Jaan_Tonisson_(Lasteleht), lk 57
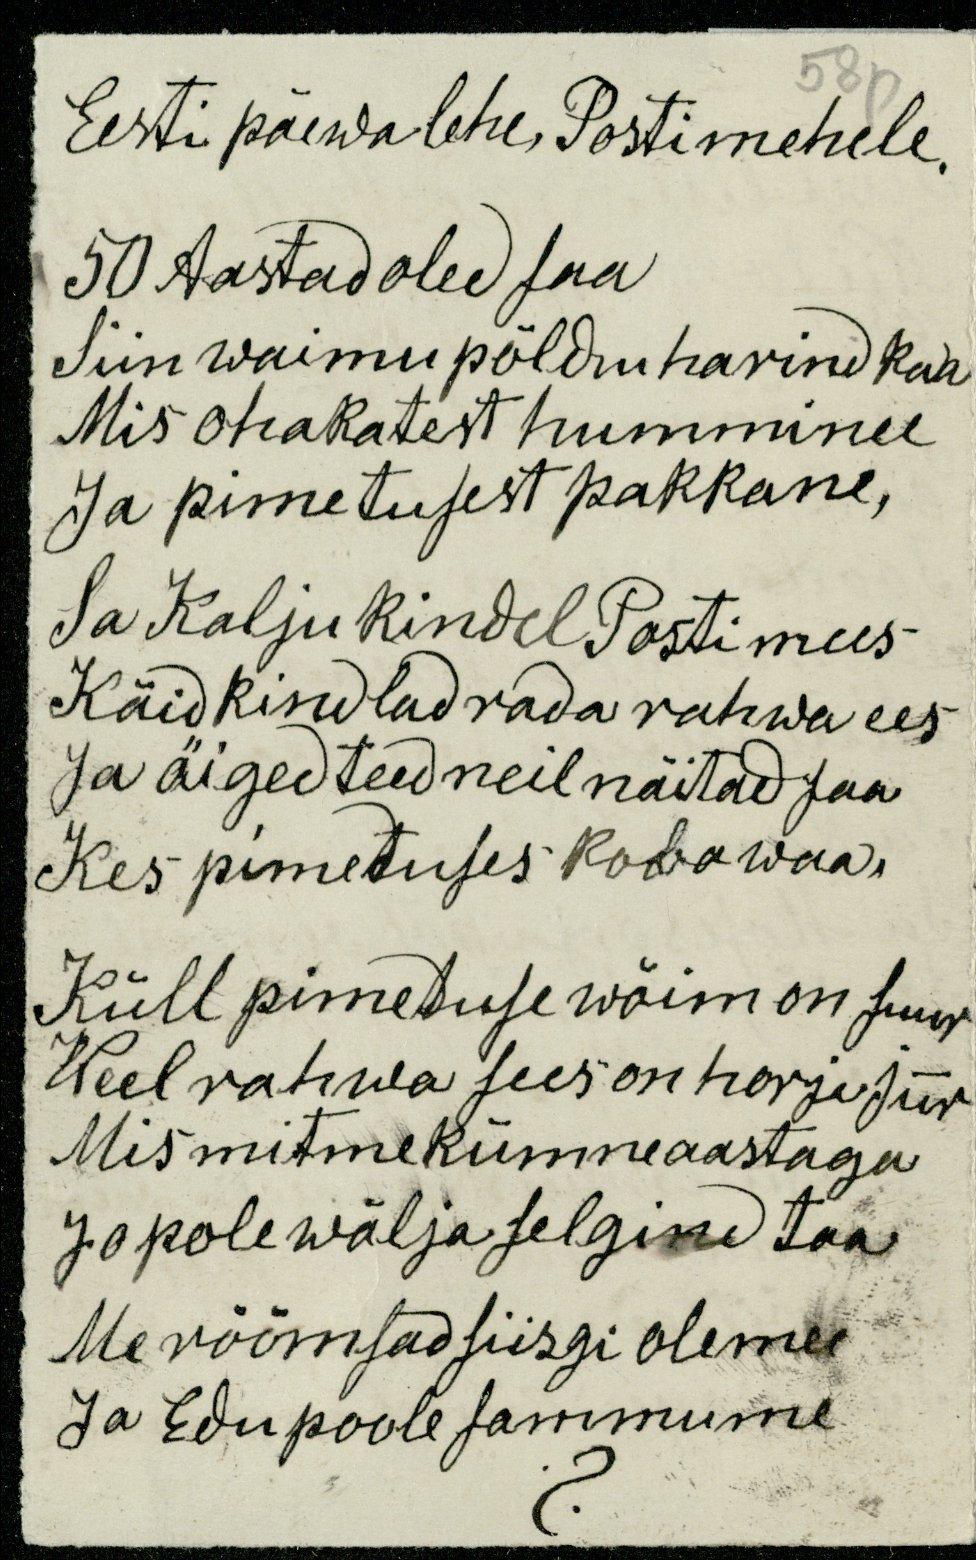
58p
Eesti päewalehe, Postimehele,
50 Aastad oled saa
Siin waimu põldu harind kaa
Mis ohakatest humminu
Ja pimetusest pakkane,
Sa Kalju Kindel Postimees
Käid kindlad rada rahwa ees
Ja äiged teed neil näitad saa
Kes pimetuses kobawad
Küll pimeduse wõim on suur
Weel rahwa sees on horja juur-
Mis mitmekümneaastaga
Ja pole wälja selgind taa
Me rõõmsad siisgi olemee
ja Edu poole sammume